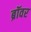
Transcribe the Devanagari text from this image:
ब्रॉवर